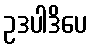
ဥဒပါဒိပေ